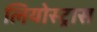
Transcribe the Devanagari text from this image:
लियोस्ट्रास